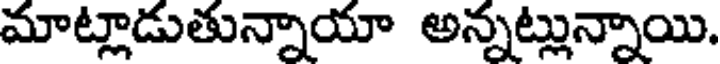
మాట్లాడుతున్నాయా అన్నట్లున్నాయి.